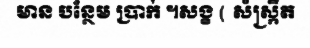
មាន បន្ថែម ប្រាក់ ។សង្ខ ( សំស្ក្រឹត